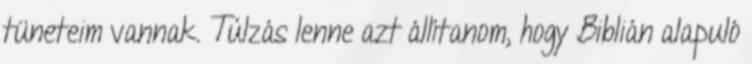
tüneteim vannak. Túlzás lenne azt állítanom, hogy Biblián alapuló